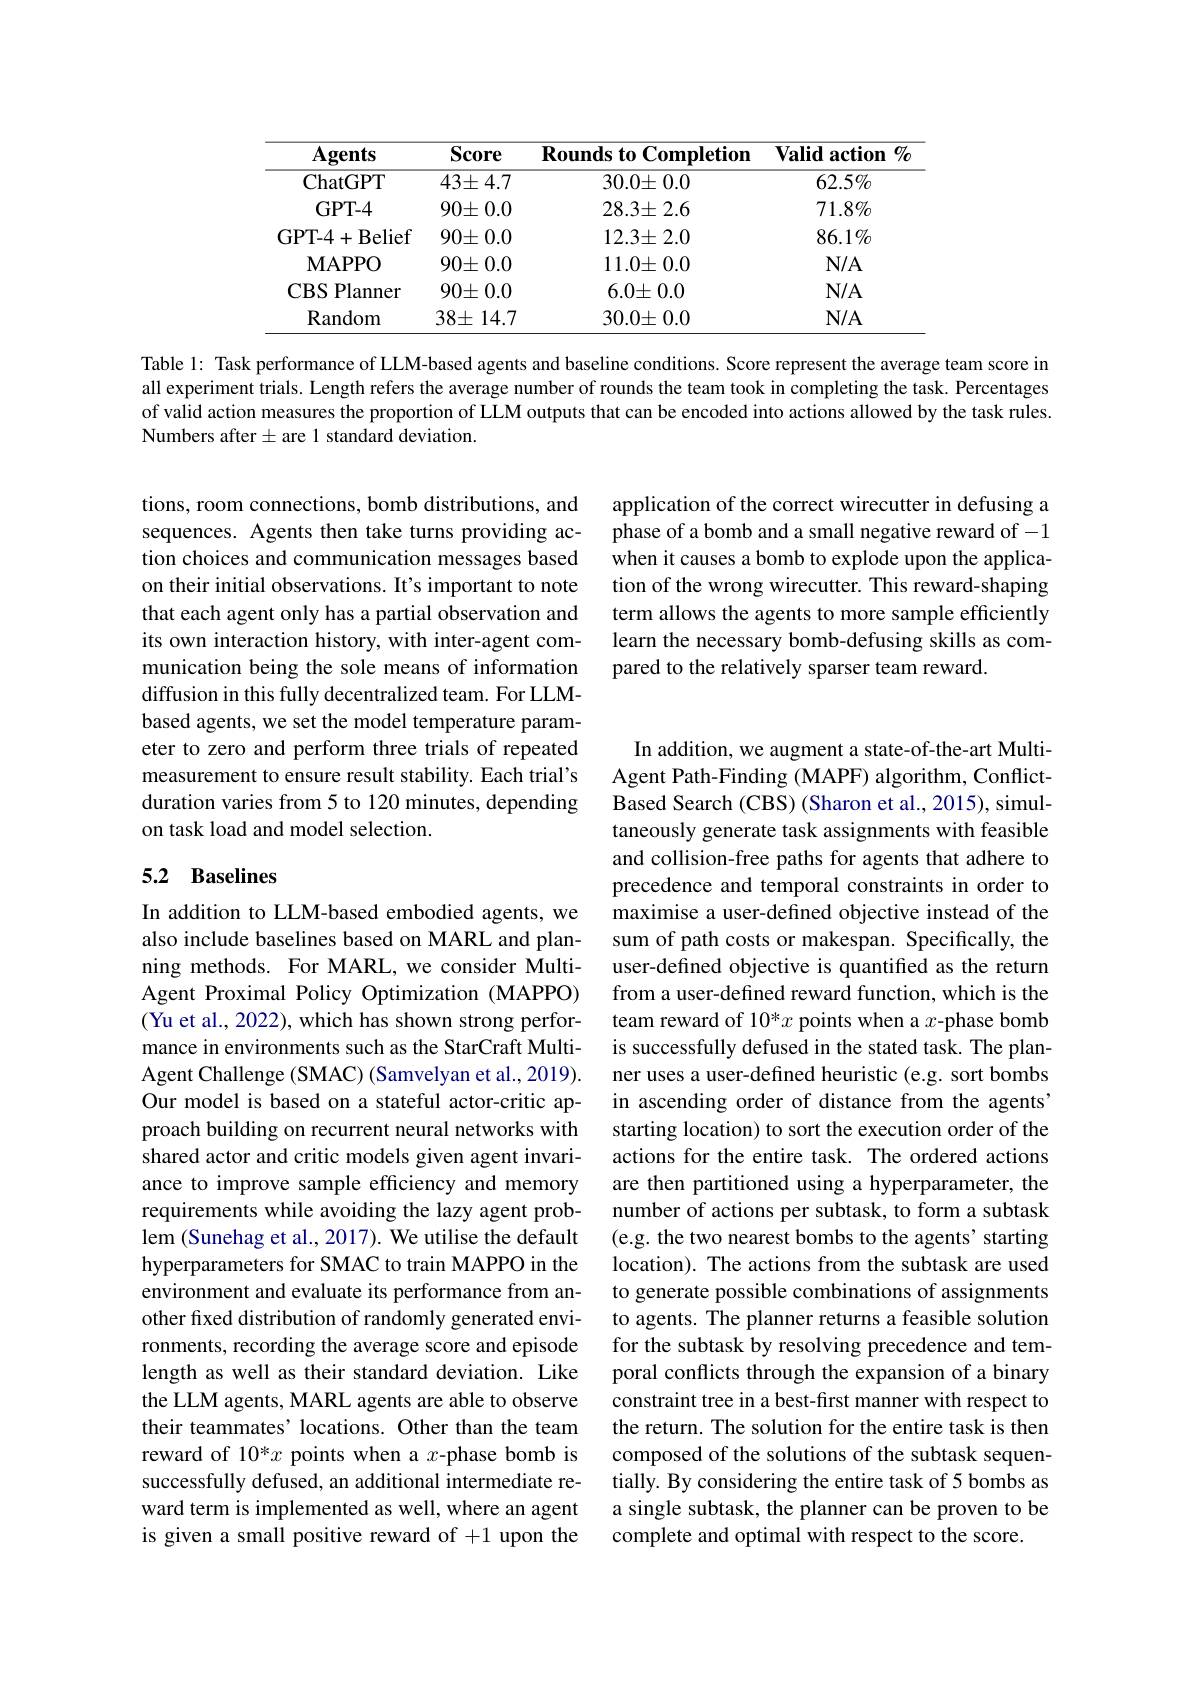
<table>
	<tbody>
		<tr>
			<th>$\mathbf{Agents}$</th>
			<th>Score</th>
			<th>$\textbf{Rounds to Completion}$</th>
			<th>$\mathbf{Valid}$ $0/_{\boldsymbol{C}}$ $\mathbf{action}$</th>
		</tr>
		<tr>
			<td>ChatGPT</td>
			<td>$43\pm4.7$</td>
			<td>$30.0\pm0.0$</td>
			<td>$62.5\%$</td>
		</tr>
		<tr>
			<td>GPT- 4</td>
			<td>$90\pm0.0$</td>
			<td>$28.3\pm2.6$</td>
			<td>$71.8\%$</td>
		</tr>
		<tr>
			<td>GPT-4+Belief</td>
			<td>$90\pm0.0$</td>
			<td>$12.3\pm2.0$</td>
			<td>$86.1\%$</td>
		</tr>
		<tr>
			<td>$\mathbf{MAPPO}$</td>
			<td>$90\pm0.0$</td>
			<td>$11.0\pm0.0$</td>
			<td>$N/A$</td>
		</tr>
		<tr>
			<td>Planner $CBS$ 1</td>
			<td>$90\pm0.0$</td>
			<td>$6.0\pm0.0$</td>
			<td>$N/A$</td>
		</tr>
		<tr>
			<td>Random</td>
			<td>$38\pm14.7$</td>
			<td>$30.0\pm0.0$</td>
			<td>$N/A$</td>
		</tr>
	</tbody>
</table>

Table 1: Task performance of LLM-based agents and baseline conditions. Score represent the average team score in all experiment trials. Length refers the average number of rounds the team took in completing the task. Percentages of valid action measures the proportion of LLM outputs that can be encoded into actions allowed by the task rules. Numbers after$\pm$are 1 standard deviation.

application of the correct wirecutter in defusing a phase of a bomb and a small negative reward of -1 when it causes a bomb to explode upon the application of the wrong wirecutter. This reward-shaping term allows the agents to more sample efficiently learn the necessary bomb-defusing skills as compared to the relatively sparser team reward.

tions, room connections, bomb distributions, and sequences. Agents then take turns providing action choices and communication messages based on their initial observations. It's important to note that each agent only has a partial observation and its own interaction history, with inter-agent communication being the sole means of information diffusion in this fully decentralized team. For LLMbased agents, we set the model temperature parameter to zero and perform three trials of repeated measurement to ensure result stability. Each trial's duration varies from 5 to 120 minutes, depending on task load and model selection.

## 5.2 Baselines

In addition, we augment a state-of-the-art MultiAgent Path-Finding (MAPF) algorithm, ConflictBased Search (CBS) (Sharon et al., 2015), simultaneously generate task assignments with feasible and collision-free paths for agents that adhere to precedence and temporal constraints in order to maximise a user-defined objective instead of the sum of path costs or makespan. Specifically, the user-defined objective is quantified as the return from a user-defined reward function, which is the team reward of 10* $x$ points when a $x$-phase bomb is successfully defused in the stated task. The planner uses a user-defined heuristic (e.g. sort bombs in ascending order of distance from the agents' starting location) to sort the execution order of the actions for the entire task. The ordered actions are then partitioned using a hyperparameter, the number of actions per subtask, to form a subtask (e.g. the two nearest bombs to the agents' starting location). The actions from the subtask are used to generate possible combinations of assignments to agents. The planner returns a feasible solution for the subtask by resolving precedence and temporal conflicts through the expansion of a binary constraint tree in a best-first manner with respect to the return. The solution for the entire task is then composed of the solutions of the subtask sequentially. By considering the entire task of 5 bombs as a single subtask, the planner can be proven to be complete and optimal with respect to the score.

In addition to LLM-based embodied agents, we also include baselines based on MARL and planning methods. For MARL, we consider MultiAgent Proximal Policy Optimization (MAPPO) (Yu et al., 2022), which has shown strong performance in environments such as the StarCraft MultiAgent Challenge (SMAC) (Samvelyan et al., 2019). Our model is based on a stateful actor-critic approach building on recurrent neural networks with shared actor and critic models given agent invariance to improve sample efficiency and memory requirements while avoiding the lazy agent problem (Sunehag et al., 2017). We utilise the default hyperparameters for SMAC to train MAPPO in the environment and evaluate its performance from another fixed distribution of randomly generated environments, recording the average score and episode length as well as their standard deviation. Like the LLM agents, MARL agents are able to observe their teammates' locations. Other than the team reward of 10*x points when a $x$-phase bomb is successfully defused, an additional intermediate reward term is implemented as well, where an agent is given a small positive reward of +1 upon the